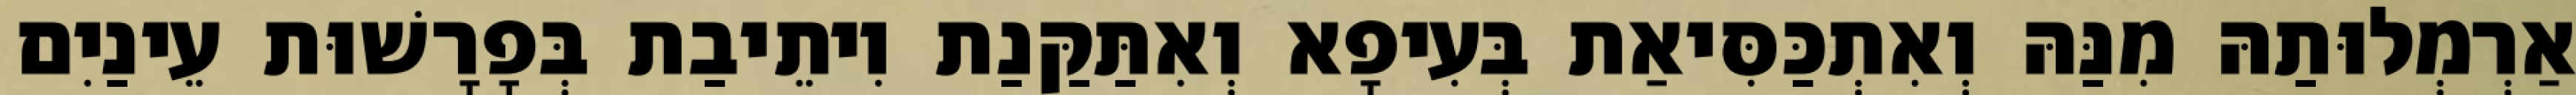
אַרְמְלוּתַהּ מִנַּהּ וְאִתְכַּסִּיאַת בְּעִיפָא וְאִתַּקַּנַת וִיתֵיבַת בְּפָרָשׁוּת עֵינַיִם